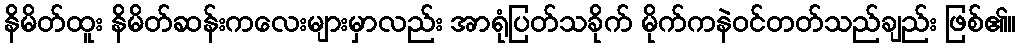
နိမိတ်ထူး နိမိတ်ဆန်းကလေးများမှာလည်း အာရုံပြတ်သခိုက် မိုက်ကနဲဝင်တတ်သည်ချည်း ဖြစ်၏။